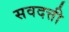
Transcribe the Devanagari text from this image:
सवदत्ती